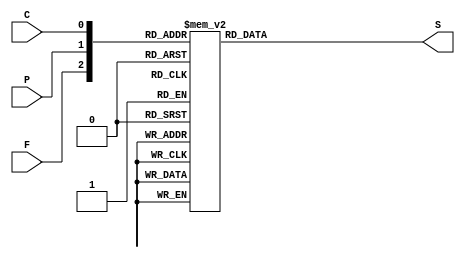
/*1 prtica de labortorio. Outubro/2020. Aluno: Alexandre Roque 
Objetivo: Implementar, usando duas formas de descrio em Verilog HDL, um circuito digital que sinalize quando
o motorista esquecer o farol do carro ligado:
A) Circuito descrito por fluxo de dados em Verilog HDL (expresso booleana);
B) Circuito descrito de maneira comportamental em Verilog HDL (use a instruo CASE);
Regras:
Considere como entradas do circuito as variveis:
inputs: (F, P, C) Farol, Porta, Chave,;
E como sada:output: S  sinalizador; 
Este circuito digital aciona um sinalizador (pode ser um buzzer, led) sempre que o Farol do carro estiver aceso
desnecessariamente, quando:

Sendo os nveis lgicos 1 e 0, definidos como:
porta aberta = 0; porta fechada = 1;
chave na ignio = 1; Farol ligado =1; sinalizador ligado =1;

1) a Porta estiver aberta; S = ~P & F
2) a chave no estiver na ignio. S = ~C & F| */

module farolComportamental (S, F, P, C); //cabealho

	input F, P, C;
	output reg S;

	always@(*)
	begin
		case({F,P,C})
			3'b000: S = 0;
			3'b001: S = 0;
			3'b010: S = 0;
			3'b011: S = 0;
			3'b100: S = 1;
			3'b101: S = 1;
			3'b110: S = 1;
			3'b111: S = 0;
		endcase
	end 
	
endmodule